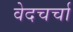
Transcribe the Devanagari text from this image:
वेदचर्चा